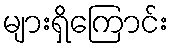
များရှိကြောင်း